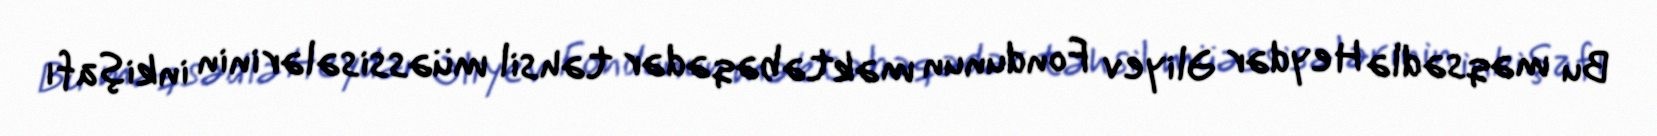
Bu məqsədlə Heydər Əliyev Fondunun məktəbəqədər təhsil müəssisələrinin inkişafı